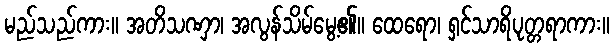
မည်သည်ကား။ အတိသဏှာ၊ အလွန်သိမ်မွေ့၏။ ထေရော၊ ရှင်သာရိပုတ္တရာကား။